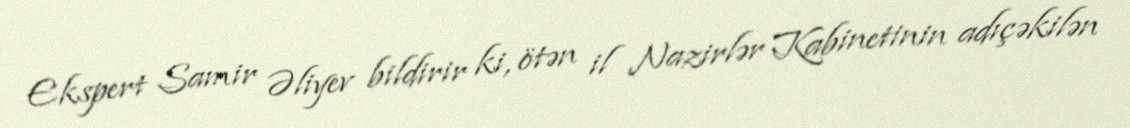
Ekspert Samir Əliyev bildirir ki, ötən il Nazirlər Kabinetinin adıçəkilən